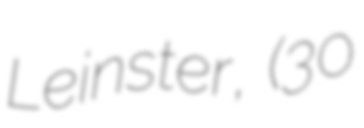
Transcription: Leinster,  (30